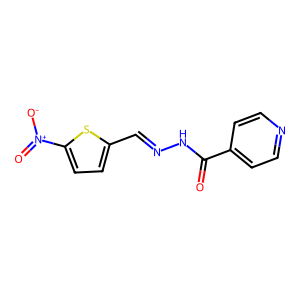
SMILES: O=C(NN=Cc1ccc([N+](=O)[O-])s1)c1ccncc1
Inhibits HIV replication: No